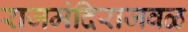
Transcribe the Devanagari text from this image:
राजमंदिराजवळ